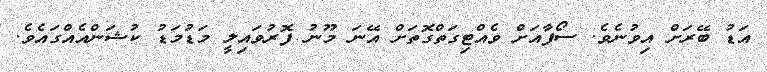
އަޑު ބޭރަށް އިވުނެވެ. ސޯފާއަށް ވެއްޓިގަތްގޮތަށް އޭނަ މޫނު ފޮރުވައިލީ މަޑުމަޑު ކުޝަންއެއްގައެވެ.